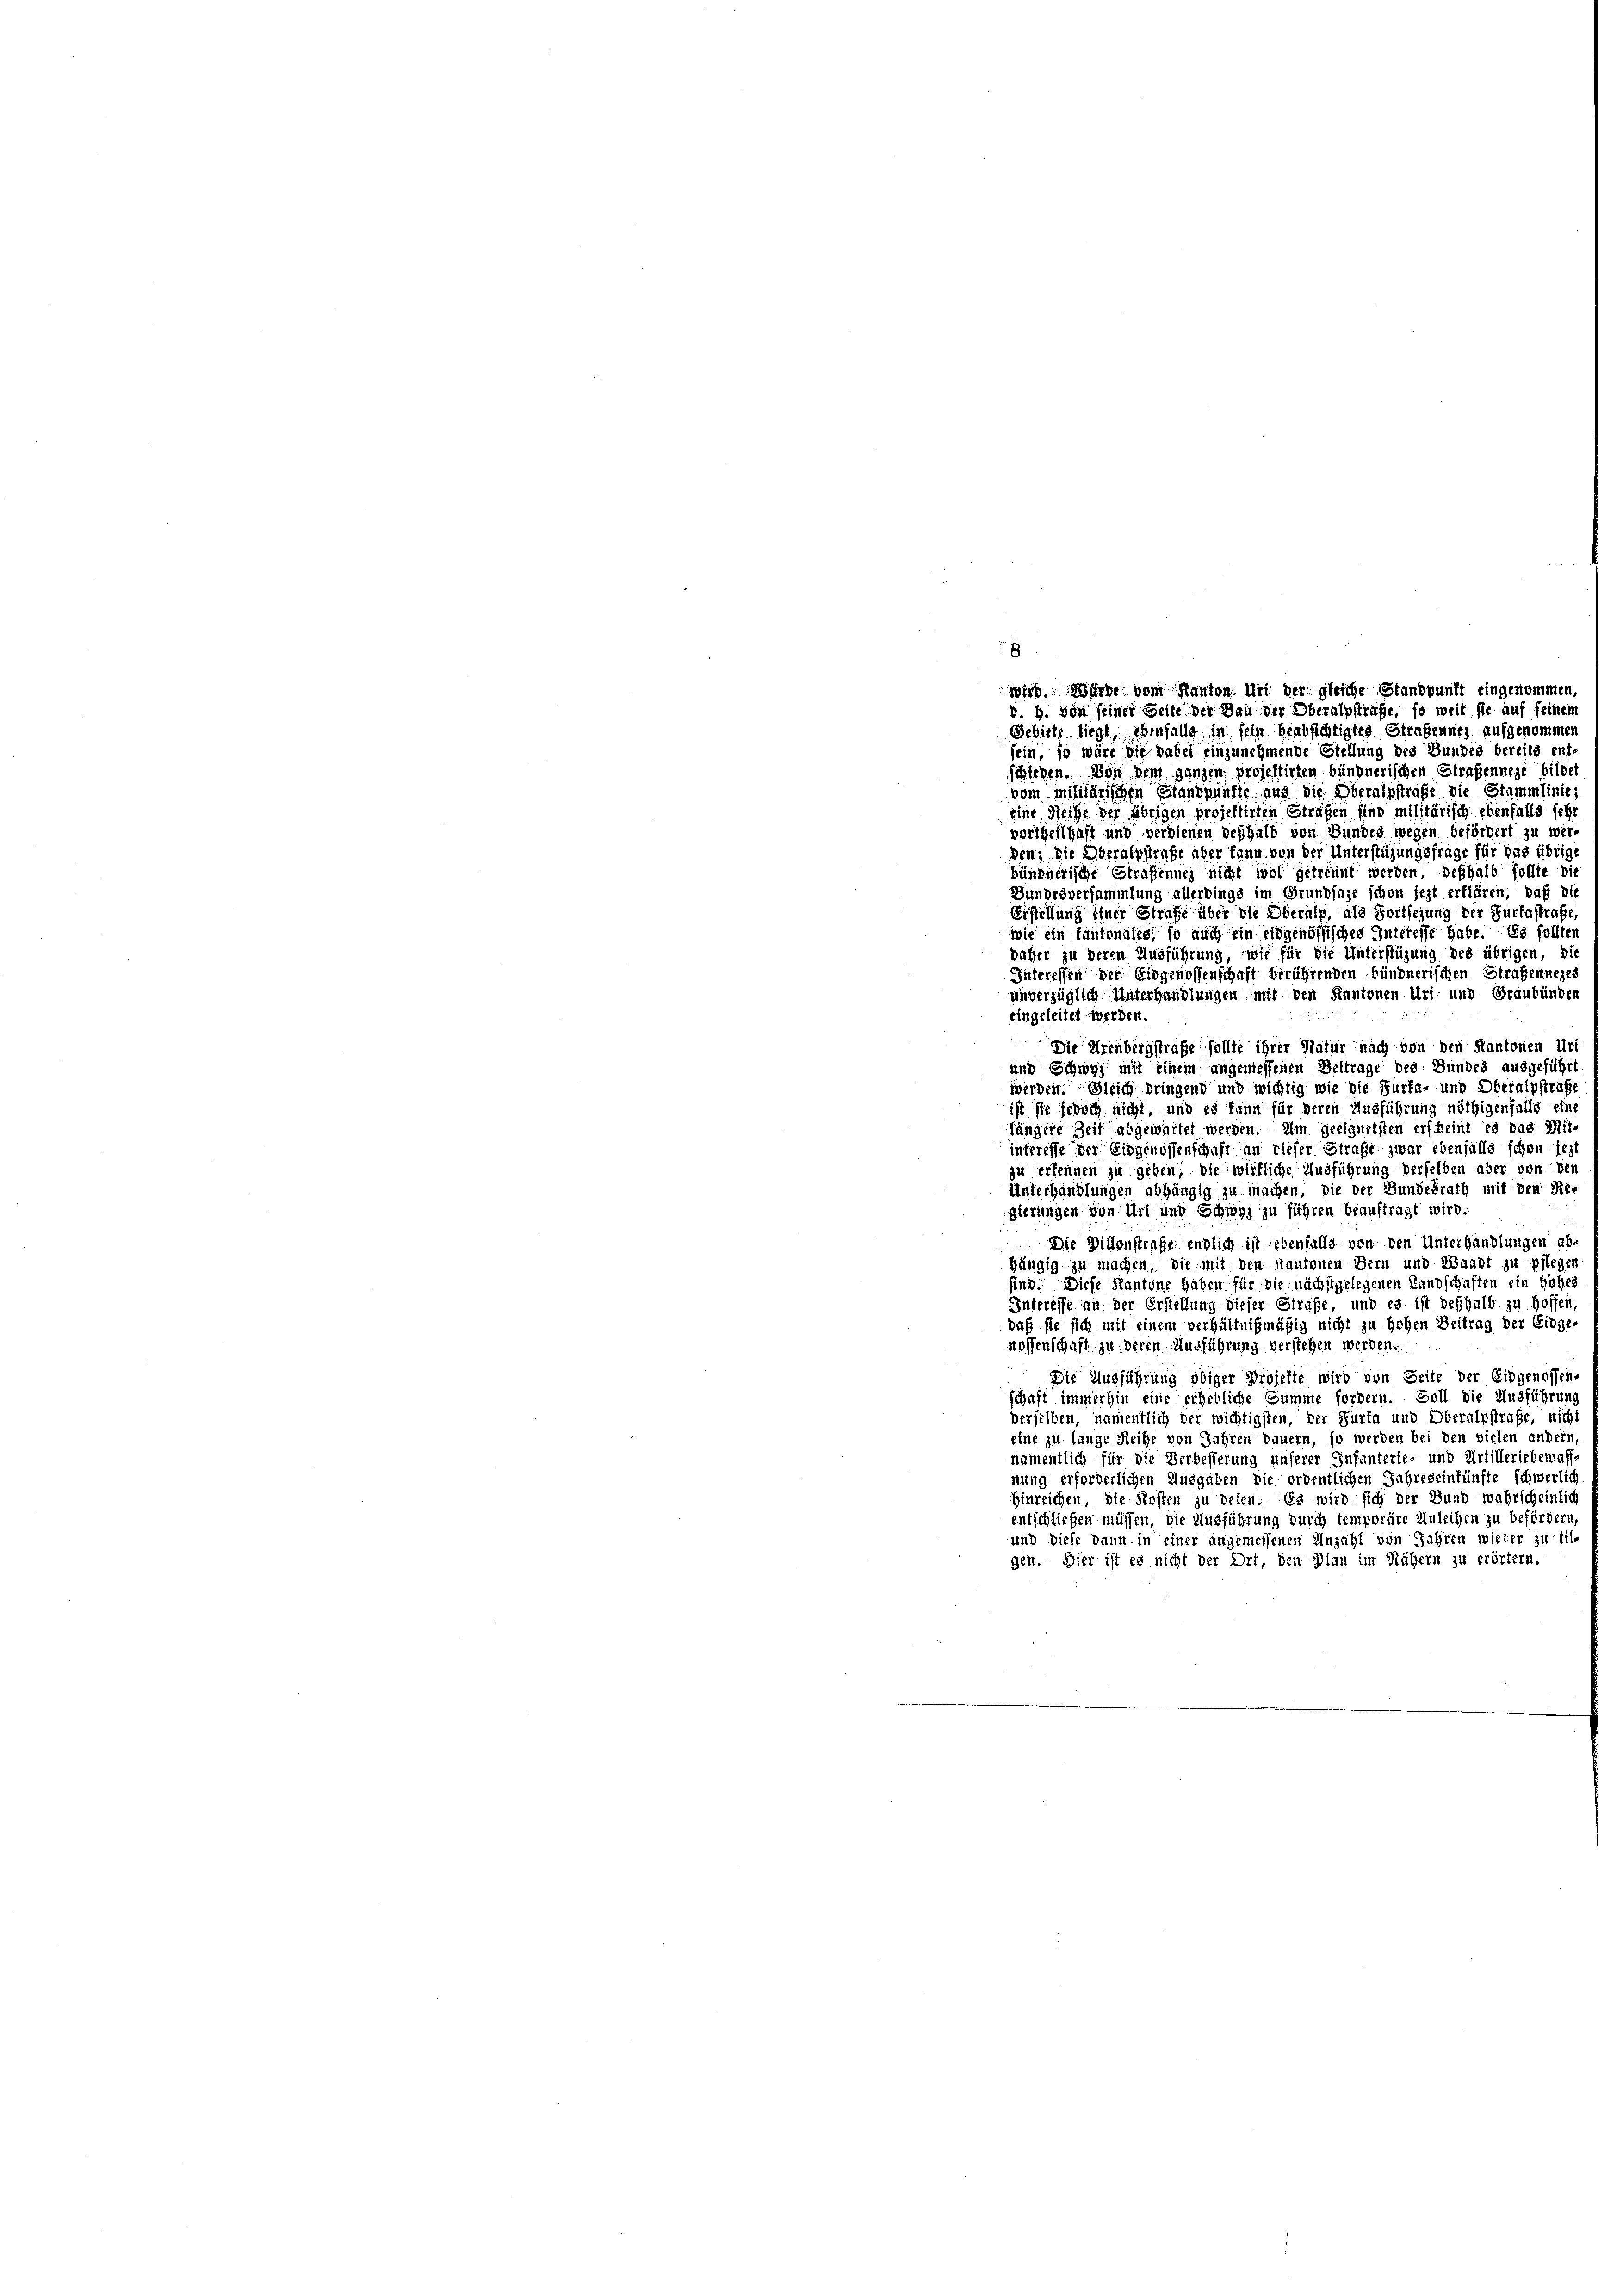
8
wird. Würde vom Kanton. Und der gleiche Standpunkt eingenomme
v. H. von seiner Gelte der Bau der Oberalpstrafe, so weit sie auf seiner
Bebiete liegt ebenfalls in sein beabsichtigtes Straßennes aufgenommen
sein, so wäre die dabei einzunehmende Stellung des Bundes bereits ent

schieden. Von dem ganzen projektirten bündnerischen Straßennege bilde
vom Militärischen Standpunkte aus die Oberalpstrafe die Stammlinie,
eine Reihe der übrigen projektirten Strafen sind militärisch ebenfalls sehr
vortheilhaft und verdienen deshalb von Bundes wegen befördert zu wergen; die Oberalpflrafe aber kann von der Unterstüzungsfrage für das übrige
bünfürrische Straßennei nicht wol getrennt werden, deshalb sollte die
Bundesversammlung allerdings im Grundlage schon jezt erklären, daß die
Erstellung einer Strafe über die Oberalp, als Fortseiung der Furtastrafe,
wie ein fantonales, so auch ein eidgenössisches Interesse habe. Es sollten
baher zu deren Ausführung, wie für die Unterstüzung des übrigen, die
Interessen der Eidgenossenschaft berührenden Bündnerischen Straßenneges
unverzüglich Unterhandlungen mit den Kantonen Uri und Graubünden
eingeleitet werden.
Die Urenbergstraße sollte ihrer Natur nach von den Kantonen Uri
und Schwyz mit einem angemessenen Beitrage des Bundes ausgeführt
werden. Gleich bringend und wichtig wie die Furka- und Oberalpstraße
ist sie jedoch nicht, und es kann für deren Ausführung nöthigenfalls eine
längere Zeit abgewartet werden. Im geeignetsten erscheint es das Mit
interesse der Eidgenossenschaft an dieser Strafe zwar ebenfalls schon sey
zu erkennen zu geben, die wirkliche Ausführung derselben aber von den
Unterhandlungen abhängig zu machen, die der Bundesrath mit den Re-
gierungen von Uri und Schwyz zu führen beauftragt wird.
Die Dillonstrafe endlich ist ebenfalls von den Unterhandlungen abhängig zu machen, die mit den Kantonen Bern und Waadt zu pfleger
sind. Diese Kantone haben für die nächstgelegenen Landschaften ein Höher
Interesse an der Erstellung dieser Strafe, und es ist deshalb zu hoffen
daß sie sich mit einem verhältnißmäßig nicht zu Hohen Beitrag der Eidge
nossenschaft zu deren Ausführung verstehen werden.
Die Ausführung obiger Projekte wird von Seite der Eidgenossen.
schaft immerhin eine erhebliche Summe fordern. Soll die Ausführung
derselben, namentlich der wichtigsten, der Furta und Oberalpstrafe, nicht
eine zu lange Reihe von Jahren dauern, so werden bei den vielen andern
namentlich für die Verbesserung unserer Infanterie- und Artilleriebewaff
nung erforderlichen Ausgaben die ordentlichen Jahreseinkünfte schwerlich
Hinreichen, die Kosten zu defen. Es wird sich der Bund wahrscheinlich
entschließen müssen, die Ausführung durch temporäre Anleihen zu befördern,
und diese dann in einer angemessenen Anzahl von Jahren wieder zu til-
gen. Hier ist es nicht der Ort, den Plan im Nähern zu erörtern.